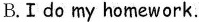
B.Ⅰ do my homework.